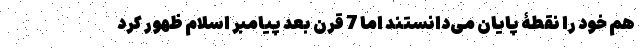
هم خود را نقطۀ پایان می‌دانستند اما 7 قرن بعد پیامبر اسلام ظهور کرد